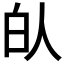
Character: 𰁮